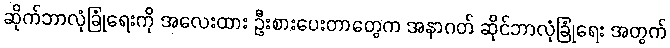
ဆိုက်ဘာလုံခြုံရေးကို အလေးထား ဦးစားပေးတာတွေက အနာဂတ် ဆိုင်ဘာလုံခြုံရေး အတွက်